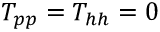
T _ { p p } = T _ { h h } = 0